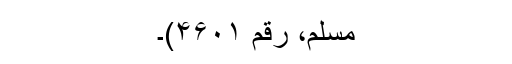
مسلم، رقم ۴۶۰۱)۔